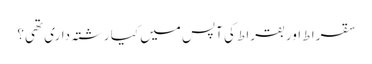
سقرا ط اور بقراط کی آپس میں کیا رشتہ داری تھی؟